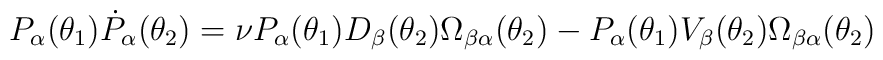
P_{\alpha}(\theta_1)\dot{P}_{\alpha}(\theta_2) =	 \nu P_{\alpha}(\theta_1) D_{\beta}(\theta_2)	\Omega_{\beta \alpha}(\theta_2) - P_{\alpha}(\theta_1)	V_{\beta}(\theta_2)\Omega_{\beta \alpha}(\theta_2)